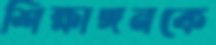
শিক্ষাঙ্গনকে